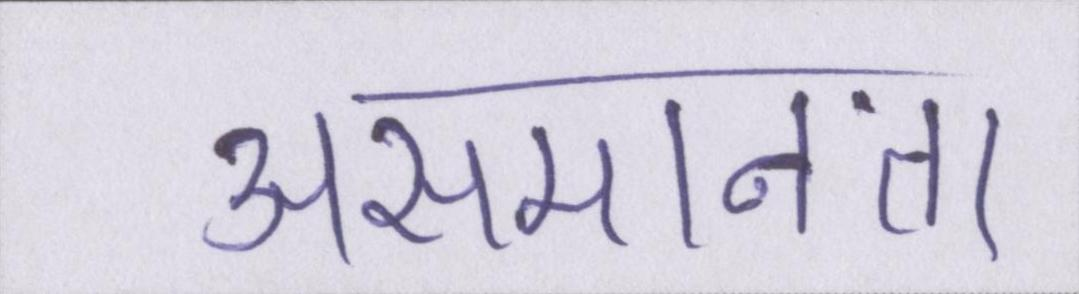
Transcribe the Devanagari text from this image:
असमानता